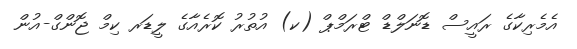
އެމެރިކާގެ ރައީސް ޑޮނަލްޑް ޓްރަމްޕް (ކ) އުތުރު ކޮރެއާގެ ލީޑަރ ކިމް ޖޮންގް-އުން